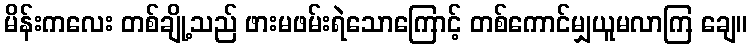
မိန်းကလေး တစ်ချို့သည် ဖားမဖမ်းရဲသောကြောင့် တစ်ကောင်မျှယူမလာကြ ချေ။